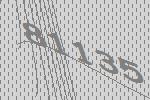
81135